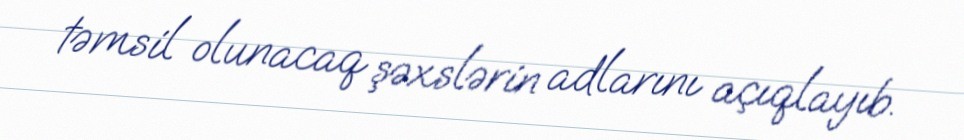
təmsil olunacaq şəxslərin adlarını açıqlayıb.